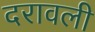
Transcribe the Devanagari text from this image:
दरावली